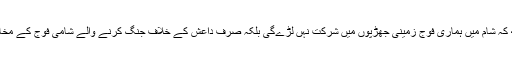
البتہ اس تاکید کہ ساتھ کہ شام میں ہماری فوج زمینی جھڑپوں میں شرکت نہں لڑےگی بلکہ صرف داعش کے خلاف جنگ کرنے والے شامی فوج کے مخالفین کی مدد کرےگی۔